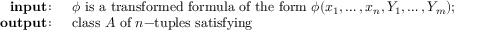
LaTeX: \begin{array} { r l } { \mathbf { i n p u t } \! : \; \, } & { { } \phi { \mathrm { ~ i s ~ a ~ t r a n s f o r m e d ~ f o r m u l a ~ o f ~ t h e ~ f o r m ~ } } \phi ( x _ { 1 } , \ldots , x _ { n } , Y _ { 1 } , \ldots , Y _ { m } ) ; } \\ { \; \; \; \; \mathbf { o u t p u t } \! : \; \, } & { { } { \mathrm { c l a s s ~ } } A { \mathrm { ~ o f ~ } } n { \mathrm { - t u p l e s ~ s a t i s f y i n g ~ } } } \end{array}